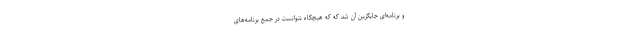
و برنامه‌ای جایگزین آن شد که که هیچگاه نتوانست در جمع برنامه‌های